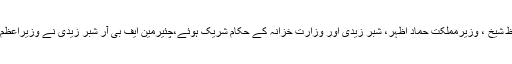
حکومتی اقتصادی ٹیم کے اس اجلاس میں مشیر خزانہ حفیظ شیخ ، وزیرمملکت حماد اظہر، شبر زیدی اور وزارت خزانہ کے حکام شریک ہوئے،چئیرمین ایف بی آر شبر زیدی نے وزیراعظم کو ٹیکس ایمنسٹی سکیم کے حوالے سے بریفنگ بھی دی۔